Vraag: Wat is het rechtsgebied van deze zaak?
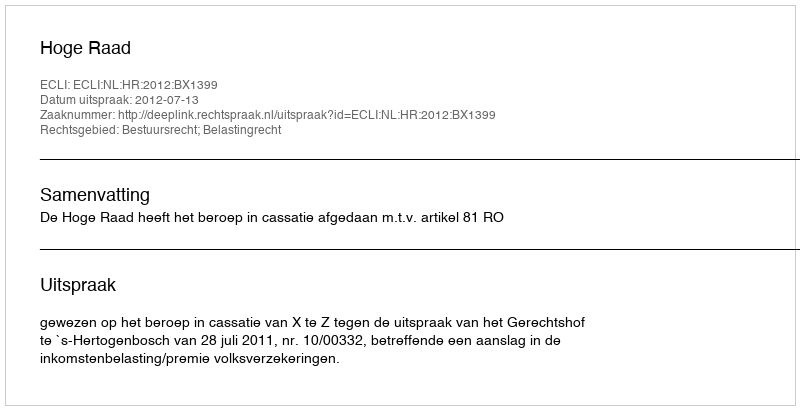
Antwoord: Bestuursrecht; Belastingrecht